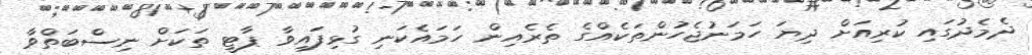
ދެމެދުގައި ކުރިއަށް ދިޔަ ހަމަނުޖެހުންތަކެއްގެ ތެރެއިން ހަމައެކަނި ގުޅިފައިވާ ޕާޓީ ތަކަށް ނިސްބަތްވާ